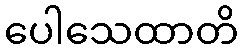
ပေါသေထာတိ